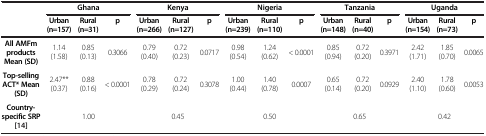
<table><thead><tr><td><b> </b></td><td colspan="3"><b>Ghana</b></td><td colspan="3"><b>Kenya</b></td><td colspan="3"><b>Nigeria</b></td><td colspan="3"><b>Tanzania</b></td><td colspan="3"><b>Uganda</b></td></tr><tr><td><b> </b></td><td><b>Urban (n=157)</b></td><td><b>Rural (n=31)</b></td><td><b>p</b></td><td><b>Urban (n=266)</b></td><td><b>Rural (n=127)</b></td><td><b>p</b></td><td><b>Urban (n=239)</b></td><td><b>Rural (n=110)</b></td><td><b>p</b></td><td><b>Urban (n=148)</b></td><td><b>Rural (n=40)</b></td><td><b>p</b></td><td><b>Urban (n=154)</b></td><td><b>Rural (n=73)</b></td><td><b>p</b></td></tr></thead><tbody><tr><td><b>All AMFm products Mean (SD)</b></td><td>1.14 (1.58)</td><td>0.85 (0.13)</td><td>0.3066</td><td>0.79 (0.40)</td><td>0.72 (0.23)</td><td>0.0717</td><td>0.98 (0.54)</td><td>1.24 (0.62)</td><td>&lt; 0.0001</td><td>0.85 (0.94)</td><td>0.72 (0.20)</td><td>0.3971</td><td>2.42 (1.71)</td><td>1.85 (0.70)</td><td>0.0065</td></tr><tr><td><b>Top-selling ACT* Mean (SD)</b></td><td>2.47** (0.37)</td><td>0.88 (0.16)</td><td>&lt; 0.0001</td><td>0.78 (0.29)</td><td>0.72 (0.24)</td><td>0.3078</td><td>1.00 (0.44)</td><td>1.40 (0.78)</td><td>0.0007</td><td>0.65 (0.14)</td><td>0.72 (0.20)</td><td>0.0929</td><td>2.40 (1.10)</td><td>1.78 (0.60)</td><td>0.0053</td></tr><tr><td><b>Country-specific SRP</b>[14]</td><td colspan="3">1.00</td><td colspan="3">0.45</td><td colspan="3">0.50</td><td colspan="3">0.65</td><td colspan="3">0.42</td></tr></tbody></table>